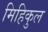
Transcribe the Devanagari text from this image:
मिहिकुल